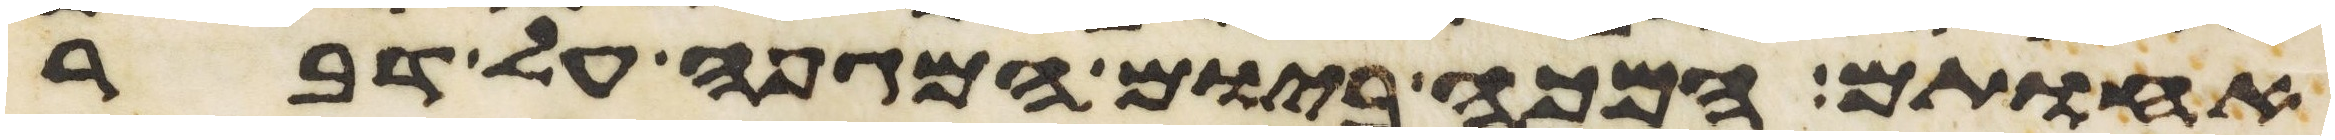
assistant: אחותם המכה ביום המגפה על דבר